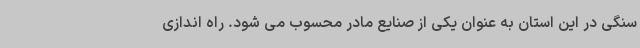
سنگی در این استان به عنوان یکی از صنایع مادر محسوب می شود. راه اندازی